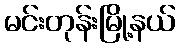
မင်းတုန်းမြို့နယ်